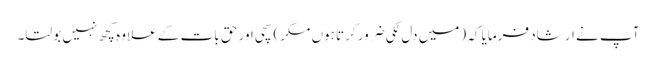
آپ نے ارشاد فرمایا کہ (میں دل لگی ضرور کرتا ہوں مگر) سچی اور حق بات کے علاوہ کچھ نہیں بولتا۔